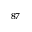
^ { 8 7 }